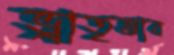
ভ্রাতৃভাব